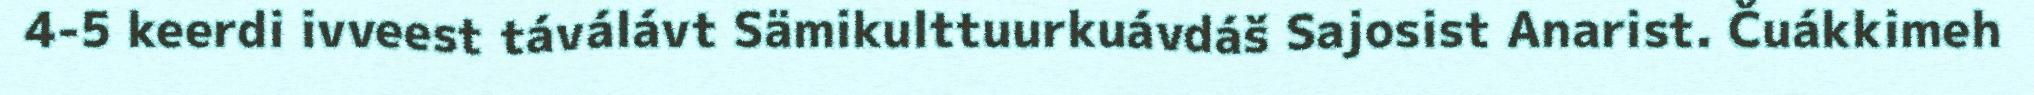
4-5 keerdi ivveest táválávt Sämikulttuurkuávdáš Sajosist Anarist. Čuákkimeh